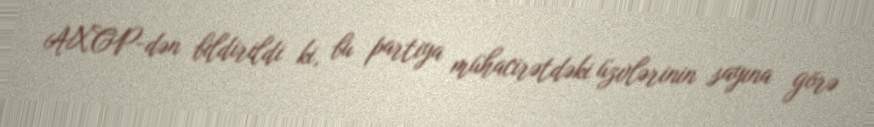
AXCP-dən bildirildi ki, bu partiya mühacirətdəki üzvlərinin sayına görə